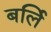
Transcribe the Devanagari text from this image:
बर्लि